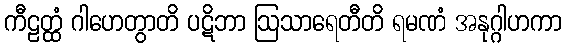
ကီဠတ္ထံ ဂါဟေတွာတိ ပဋိဘာ ဩသာရေတီတိ ရမဏံ အနုဂ္ဂါဟကာ